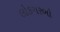
લોકગરબો